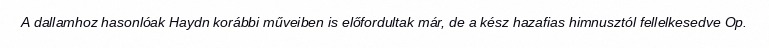
A dallamhoz hasonlóak Haydn korábbi műveiben is előfordultak már, de a kész hazafias himnusztól fellelkesedve Op.